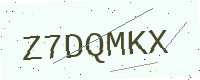
Text: Z7DQMKX